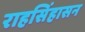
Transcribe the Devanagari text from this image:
राहसिंहासन